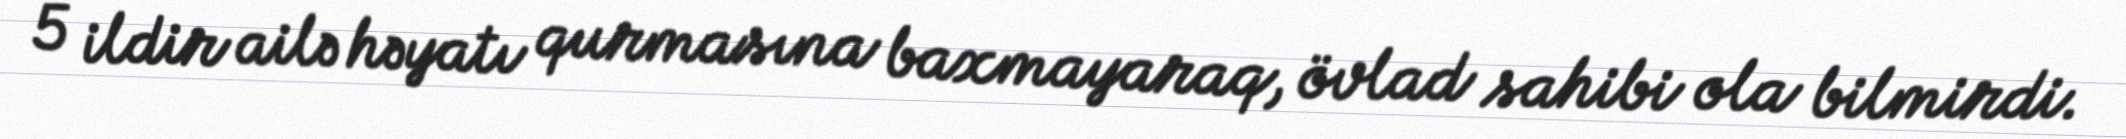
5 ildir ailə həyatı qurmasına baxmayaraq, övlad sahibi ola bilmirdi.